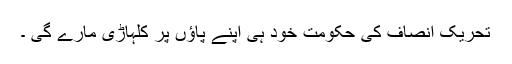
تحریک انصاف کی حکومت خود ہی اپنے پاؤں پر کلہاڑی مارے گی ۔